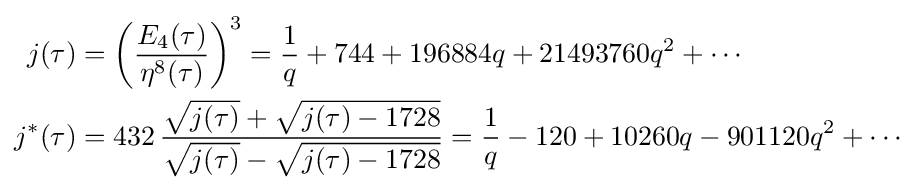
{\begin{aligned}j(\tau )&=\left({\frac {E_{4}(\tau )}{\eta ^{8}(\tau )}}\right)^{3}={\frac {1}{q}}+744+196884q+21493760q^{2}+\cdots \\j^{*}(\tau )&=432\,{\frac {{\sqrt {j(\tau )}}+{\sqrt {j(\tau )-1728}}}{{\sqrt {j(\tau )}}-{\sqrt {j(\tau )-1728}}}}={\frac {1}{q}}-120+10260q-901120q^{2}+\cdots \end{aligned}}